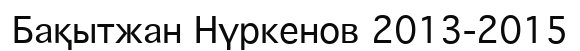
Бақытжан Нүркенов 2013-2015